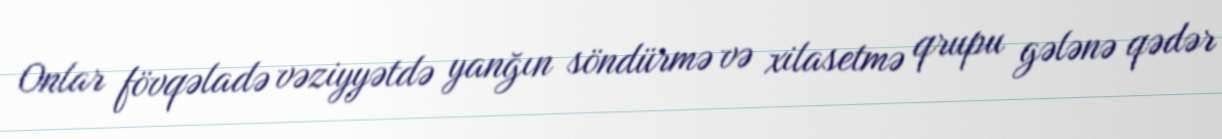
Onlar fövqəladə vəziyyətdə yanğın söndürmə və xilasetmə qrupu gələnə qədər